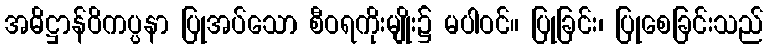
အဓိဋ္ဌာန်ဝိကပ္ပနာ ပြုအပ်သော စီဝရကိုးမျိုး၌ မပါဝင်။ ပြုခြင်း၊ ပြုစေခြင်းသည်